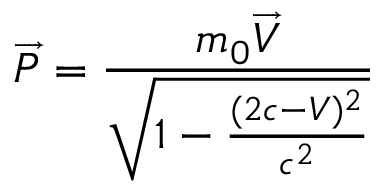
\overrightarrow { P } = \frac { m _ { 0 } { \overrightarrow { V } } } { \sqrt { 1 - \frac { ( 2 c - V ) ^ { 2 } } { c ^ { 2 } } } }